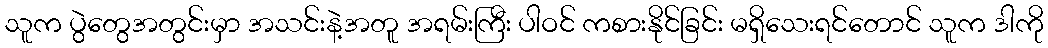
သူက ပွဲတွေအတွင်းမှာ အသင်းနဲ့အတူ အရမ်းကြီး ပါဝင် ကစားနိုင်ခြင်း မရှိသေးရင်တောင် သူက ဒါကို